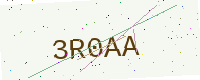
Text: 3R0AA